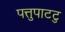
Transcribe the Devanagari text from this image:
पत्तुपाटटु